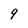
Character: 9